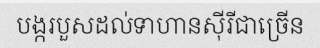
បង្ករបួសដល់ទាហានស៊ីរីជាច្រើន